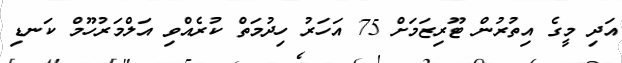
އަދި މީގެ އިތުރުން ޓޫރިޒަމަށް 75 އަހަރު ހިދުމަތް ކުރެއްވި އަލްމަރުހޫމް ކަނޑި